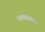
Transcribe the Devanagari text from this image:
मक्खनवसा